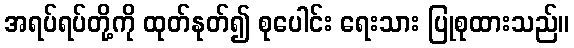
အရပ်ရပ်တို့ကို ထုတ်နုတ်၍ စုပေါင်း ရေးသား ပြုစုထားသည်။